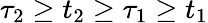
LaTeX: \tau_{2}\geq t_{2}\geq\tau_{1}\geq t_{1}